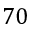
7 0